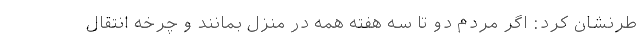
طرنشان کرد: اگر مردم دو تا سه هفته همه در منزل بمانند و چرخه انتقال